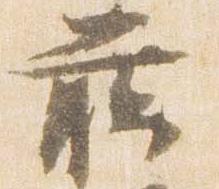
臈